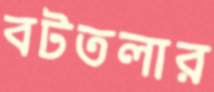
বটতলার